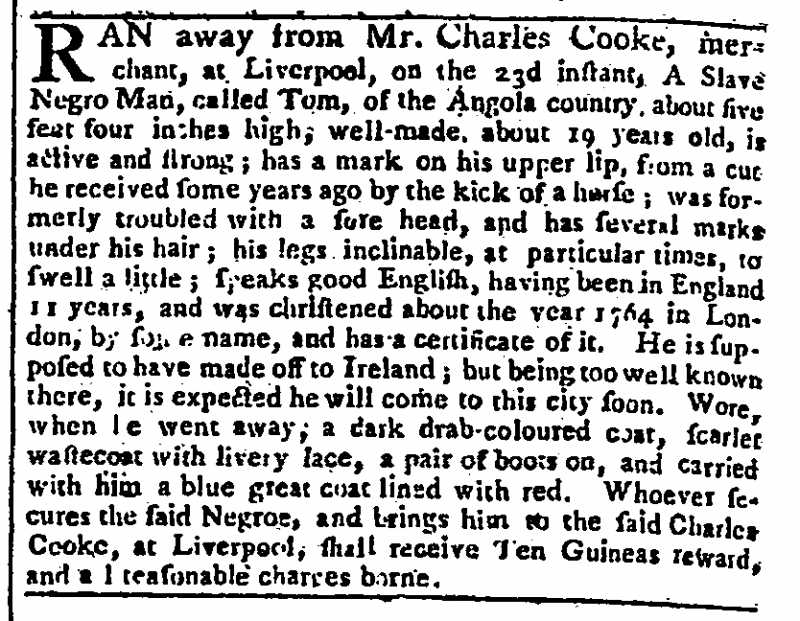
Gazetteer and New Daily Advertiser, 31 August 1769 (England)
RAN away from Mr. Charles Cooke, merchant, at Liverpool, on the 23d instant, A Slave Negro Man, called Tom, of the Angola country, about five feet four inches high, well-made, about 19 years old, is active and strong; has a mark on his upper lip, from a cut he received some years ago by the kick of a horse; was formerly troubled with a sore head, and has several marks under his hair; his legs inclinable, at particular times, to swell a little; speaks good English, having been in England 11 years, and was christened about the year 1764 in London, by some name, and has a certificate of it. He is supposed to have made off to Ireland; but being too well known there, it is expected he will come to this city soon. Wore, when he went away, a dark drab-coloured coat, scarlet wastecoat with livery lace, a pair of boots on, and carried with him a blue great coat lined with red. Whoever secures the said Negroe, and brings him to the said Charles Cooke, at Liverpool, shall receive Ten Guineas reward, and all reasonable charges borne.